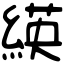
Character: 緓